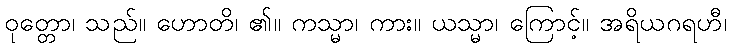
ဝုတ္တော၊ သည်။ ဟောတိ၊ ၏။ ကသ္မာ၊ ကား။ ယသ္မာ၊ ကြောင့်။ အရိယဂရဟီ၊